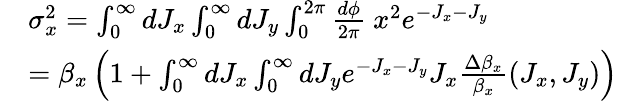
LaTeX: \begin{array}{rl}&{\sigma_{x}^{2}=\int_{0}^{\infty}dJ_{x}\int_{0}^{\infty}dJ_{y}\int_{0}^{2\pi}\frac{d\phi}{2\pi}\ x^{2}e^{-J_{x}-J_{y}}}\\ &{=\beta_{x}\left(1+\int_{0}^{\infty}dJ_{x}\int_{0}^{\infty}dJ_{y}e^{-J_{x}-J_{y}}J_{x}\frac{\Delta\beta_{x}}{\beta_{x}}(J_{x},J_{y})\right)}\end{array}